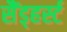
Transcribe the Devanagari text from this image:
सैंड्हर्स्ट